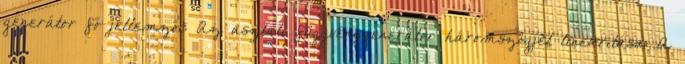
generátor fő jellemzői: Az asztali függvénygenerátor háromszögjel linearitása: A